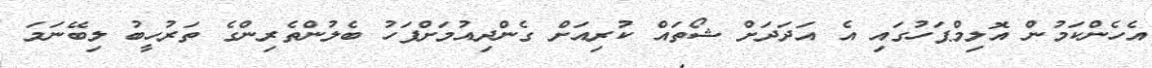
އެހެންކަމުން އޮލިމްޕަހުގައި އެ އަދަދަށް ޝޯތައް ކުރިއަށް ގެންދިއުމަށްފަހު ބެލުންތެރިންގެ ތަރުހީބު ލިބޭނަމަ